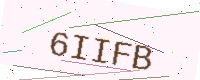
Text: 6IIFB